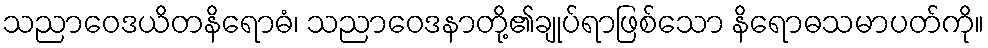
သညာဝေဒယိတနိရောဓံ၊ သညာဝေဒနာတို့၏ချုပ်ရာဖြစ်သော နိရောဓသမာပတ်ကို။